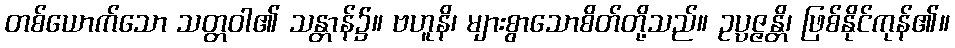
တစ်ယောက်သော သတ္တဝါ၏ သန္တာန်၌။ ဗဟူနိ၊ များစွာသောစိတ်တို့သည်။ ဥပ္ပဇ္ဇန္တိ၊ ဖြစ်နိုင်ကုန်၏။